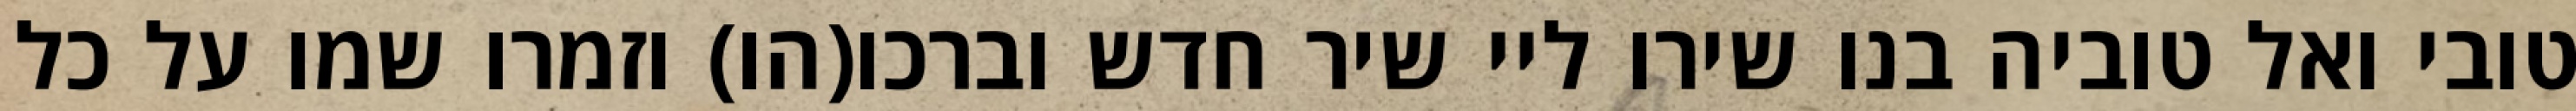
טובי ואל טוביה בנו שירו ליי שיר חדש וברכו(הו) וזמרו שמו על כל